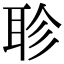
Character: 聄